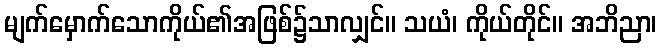
မျက်မှောက်သောကိုယ်၏အဖြစ်၌သာလျှင်။ သယံ၊ ကိုယ်တိုင်။ အဘိညာ၊